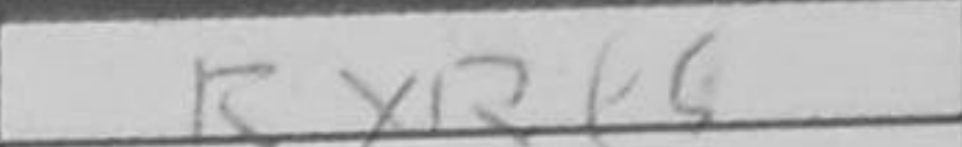
Transcription: RxRf5